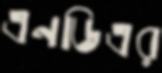
এনডিএর